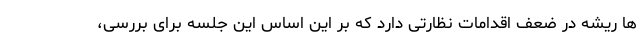
ها ریشه در ضعف اقدامات نظارتی دارد که بر این اساس این جلسه برای بررسی،